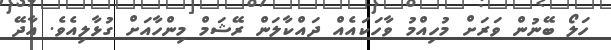
ހަލޯ ބޭނުން ވަރަށް މުހިއްމު ވާހަކައެއް ދައްކާލަން ރޭޝަމް މިންހާއަށް ގުޅާލިއެވެ. އާދޭ